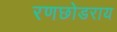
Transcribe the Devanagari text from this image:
रणछोडराय